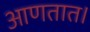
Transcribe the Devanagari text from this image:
आणतात।